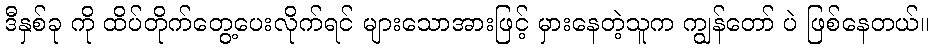
ဒီနှစ်ခု ကို ထိပ်တိုက်တွေ့ပေးလိုက်ရင် များသောအားဖြင့် မှားနေတဲ့သူက ကျွန်တော် ပဲ ဖြစ်နေတယ်။